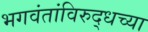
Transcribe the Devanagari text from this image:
भगवंतांविरुद्धच्या